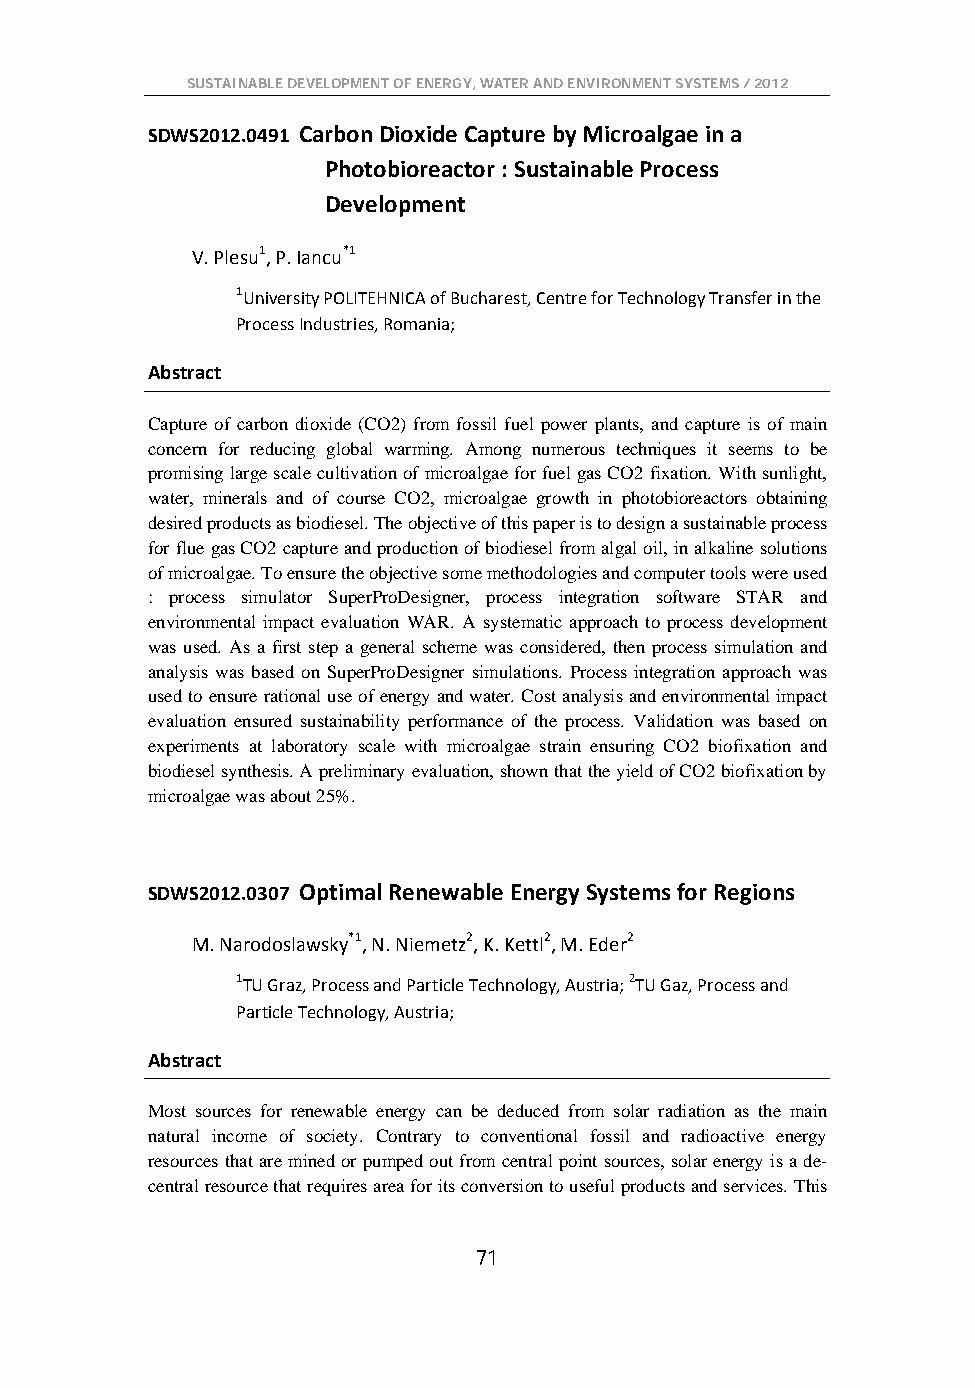
SUSTAINABLE DEVELOPMENT OF ENERGY, WATER AND ENVIRONMENT SYSTEMS / 2012
 SDWS2012.0491 Carbon Dioxide Capture by Microalgae in a
 Photobioreactor : Sustainable Process
 Development
 V. Plesu1, P. Iancu*1
 1University POLITEHNICA of Bucharest, Centre for Technology Transfer in the
 Process Industries, Romania;
 Abstract
 Capture of carbon dioxide (CO2) from fossil fuel power plants, and capture is of main
 concern for reducing global warming. Among numerous techniques it seems to be
 promising large scale cultivation of microalgae for fuel gas CO2 fixation. With sunlight,
 water, minerals and of course CO2, microalgae growth in photobioreactors obtaining
 desired products as biodiesel. The objective of this paper is to design a sustainable process
 for flue gas CO2 capture and production of biodiesel from algal oil, in alkaline solutions
 of microalgae. To ensure the objective some methodologies and computer tools were used
 : process simulator SuperProDesigner, process integration software STAR and
 environmental impact evaluation WAR. A systematic approach to process development
 was used. As a first step a general scheme was considered, then process simulation and
 analysis was based on SuperProDesigner simulations. Process integration approach was
 used to ensure rational use of energy and water. Cost analysis and environmental impact
 evaluation ensured sustainability performance of the process. Validation was based on
 experiments at laboratory scale with microalgae strain ensuring CO2 biofixation and
 biodiesel synthesis. A preliminary evaluation, shown that the yield of CO2 biofixation by
 microalgae was about 25%.
 SDWS2012.0307 Optimal Renewable Energy Systems for Regions
 M. Narodoslawsky*1, N. Niemetz2, K. Kettl2, M. Eder2
 1TU Graz, Process and Particle Technology, Austria; 2TU Gaz, Process and
 Particle Technology, Austria;
 Abstract
 Most sources for renewable energy can be deduced from solar radiation as the main
 natural income of society. Contrary to conventional fossil and radioactive energy
 resources that are mined or pumped out from central point sources, solar energy is a de-
 central resource that requires area for its conversion to useful products and services. This
 71